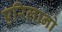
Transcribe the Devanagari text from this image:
एरिलानो